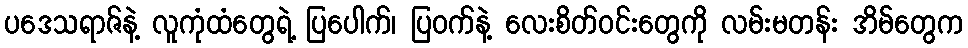
ပဒေသရာဇ်နဲ့ လူကုံထံတွေရဲ့ ပြပေါက်၊ ပြဝက်နဲ့ လေးစိတ်ဝင်းတွေကို လမ်းမတန်း အိမ်တွေက